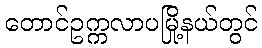
တောင်ဥက္ကလာပမြို့နယ်တွင်